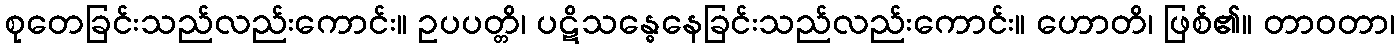
စုတေခြင်းသည်လည်းကောင်း။ ဥပပတ္တိ၊ ပဋိသန္ဓေနေခြင်းသည်လည်းကောင်း။ ဟောတိ၊ ဖြစ်၏။ တာဝတာ၊